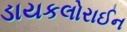
ડાયકલોરાઈન